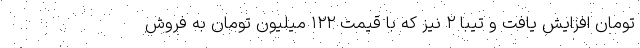
تومان افزایش یافت و تیبا ۲ نیز که با قیمت ۱۲۲ میلیون تومان به فروش